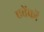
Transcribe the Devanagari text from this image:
एवेंकों